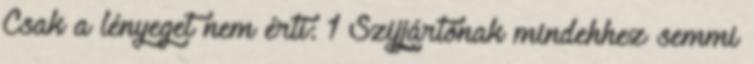
Csak a lényeget nem érti: 1 Szijjártónak mindehhez semmi